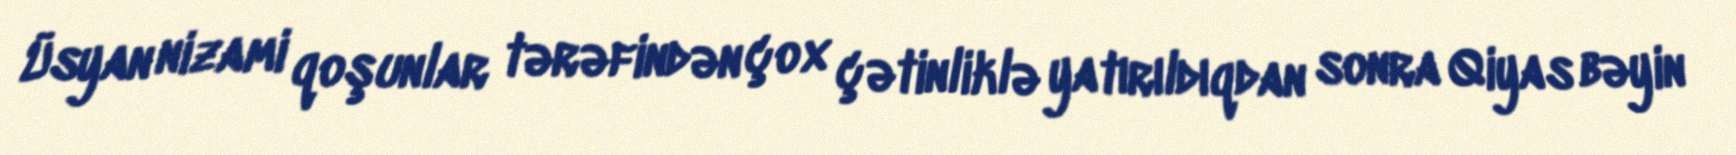
Üsyan nizami qoşunlar tərəfindən çox çətinliklə yatırıldıqdan sonra Qiyas bəyin